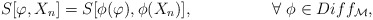
\begin{align*} S[\varphi,X_{n}] = S[\phi(\varphi),\phi(X_{n})], \hspace{2cm} \forall\ \phi\in Diff_{\cal M},\end{align*}